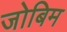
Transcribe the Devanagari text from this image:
जोबिम